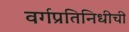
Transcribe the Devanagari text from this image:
वर्गप्रतिनिधीची